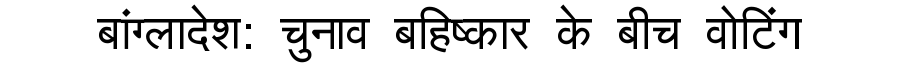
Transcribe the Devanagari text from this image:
बांग्लादेश: चुनाव बहिष्कार के बीच वोटिंग